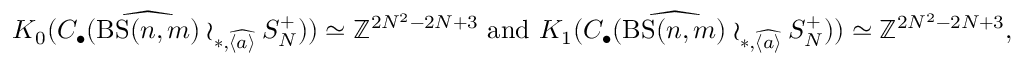
K _ { 0 } ( C _ { \bullet } ( \widehat { \mathrm { B S } ( n , m ) } \wr _ { \ast , \widehat { \langle a \rangle } } S _ { N } ^ { + } ) ) \simeq \mathbb { Z } ^ { 2 N ^ { 2 } - 2 N + 3 } \mathrm { ~ a n d ~ } K _ { 1 } ( C _ { \bullet } ( \widehat { \mathrm { B S } ( n , m ) } \wr _ { \ast , \widehat { \langle a \rangle } } S _ { N } ^ { + } ) ) \simeq \mathbb { Z } ^ { 2 N ^ { 2 } - 2 N + 3 } ,